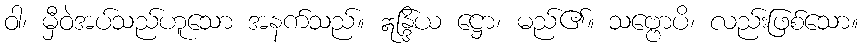
ဝါ၊ မှီဝဲအပ်သည်ဟူသော အနက်သည်။ ဣန္ဒြိယ ဋ္ဌော၊ မည်၏။ သဗ္ဗောပိ၊ လည်းဖြစ်သော။